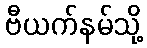
ဗီယက်နမ်သို့